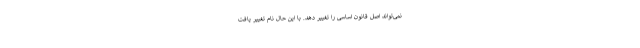
نمی‌تواند اصل قانون اساسی را تغییر دهد. با این حال نام تغییر یافت